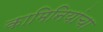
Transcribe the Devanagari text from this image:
कामिनियांचा